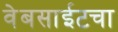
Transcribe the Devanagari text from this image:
वेबसाईटचा